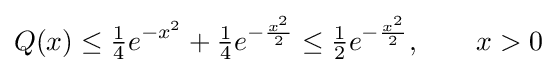
Q(x)\leq {\tfrac {1}{4}}e^{-x^{2}}+{\tfrac {1}{4}}e^{-{\frac {x^{2}}{2}}}\leq {\tfrac {1}{2}}e^{-{\frac {x^{2}}{2}}},\qquad x>0